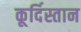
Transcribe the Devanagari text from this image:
कूर्दिस्तान